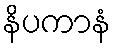
နိပကာနံ